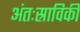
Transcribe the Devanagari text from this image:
अंतःस्राविकी